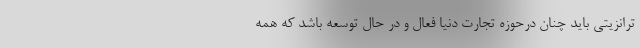
ترانزیتی باید چنان درحوزه تجارت دنیا فعال و در حال توسعه باشد که همه